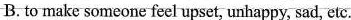
B.to make someone feelupset, unhappy, sad, etc.